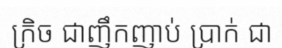
ក្រិច ជាញឹកញាប់ ប្រាក់ ជា